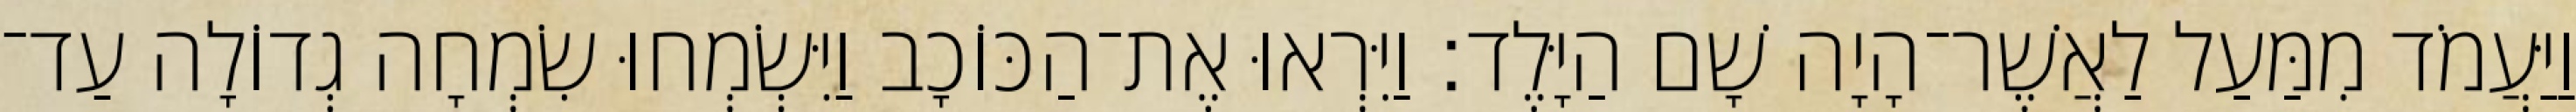
וַיַּעֲמֹד מִמַּעַל לַאֲשֶׁר־הָיָה שָׁם הַיָּלֶד׃ וַיִּרְאוּ אֶת־הַכּוֹכָב וַיִּשְׂמְחוּ שִׂמְחָה גְדוֹלָה עַד־